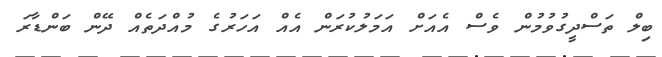
ބިލް ތަސްދީގުވުމުން ވެސް އެއަށް އަމަލުކުރަން އެއް އަހަރުގެ މުއްދަތެއް ދޭން ބަންޑާރަ